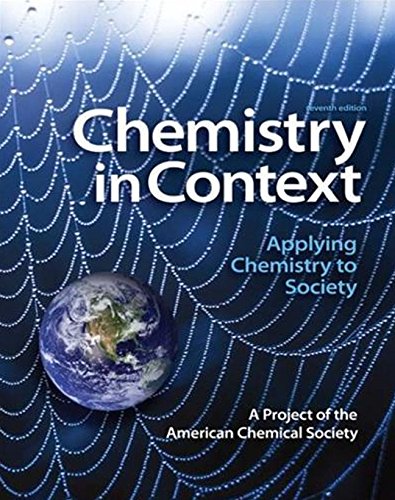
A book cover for Chemistry in Context; American Chemical Society; Education & Teaching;